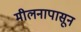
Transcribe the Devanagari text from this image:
मीलनापासून